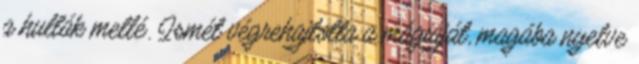
a hullák mellé. Ismét végrehajtotta a mágiáját, magába nyelve